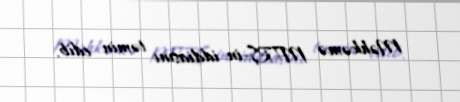
Məhkəmə MTRŞ-in iddiasını təmin edib.